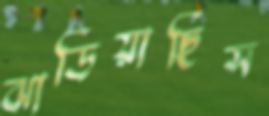
ঝাড়িয়াছিস